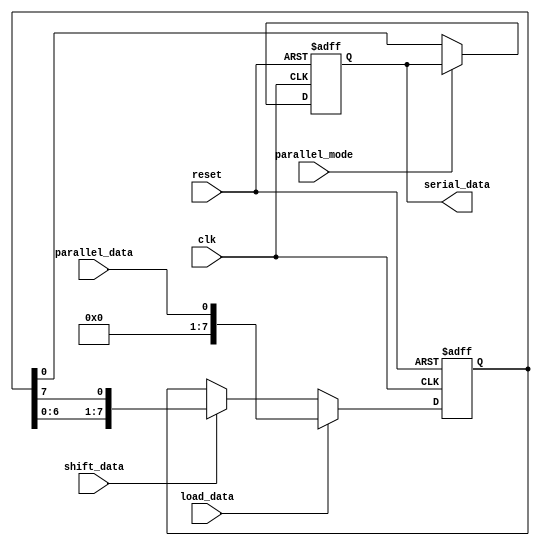
module PISO_shift_register(
  input wire clk,
  input wire reset,
  input wire parallel_mode,
  input wire shift_data,
  input wire load_data,
  input wire parallel_data,
  output reg serial_data
);

reg [7:0] register_data;

always @ (posedge clk or posedge reset) begin
  if (reset) begin
    register_data <= 8'h0;
  end else if (load_data) begin
    register_data <= parallel_data;
  end else if (shift_data) begin
    register_data <= {register_data[6:0], register_data[7]};
  end
end

always @ (posedge clk or posedge reset) begin
  if (reset) begin
    serial_data <= 1'b0;
  end else if (!parallel_mode) begin
    serial_data <= register_data[0];
  end
end

endmodule